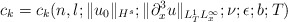
\begin{align*} c_k = c_k(n,l; \|u_0\|_{H^s}; \|\partial_x^3u\|_{L_T^1L_x^\infty}; \nu; \epsilon; b; T)\end{align*}